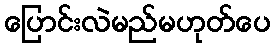
ပြောင်းလဲမည်မဟုတ်ပေ